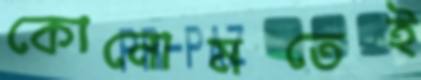
কোনোমতেই